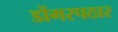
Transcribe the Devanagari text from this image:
डोंगरपठार